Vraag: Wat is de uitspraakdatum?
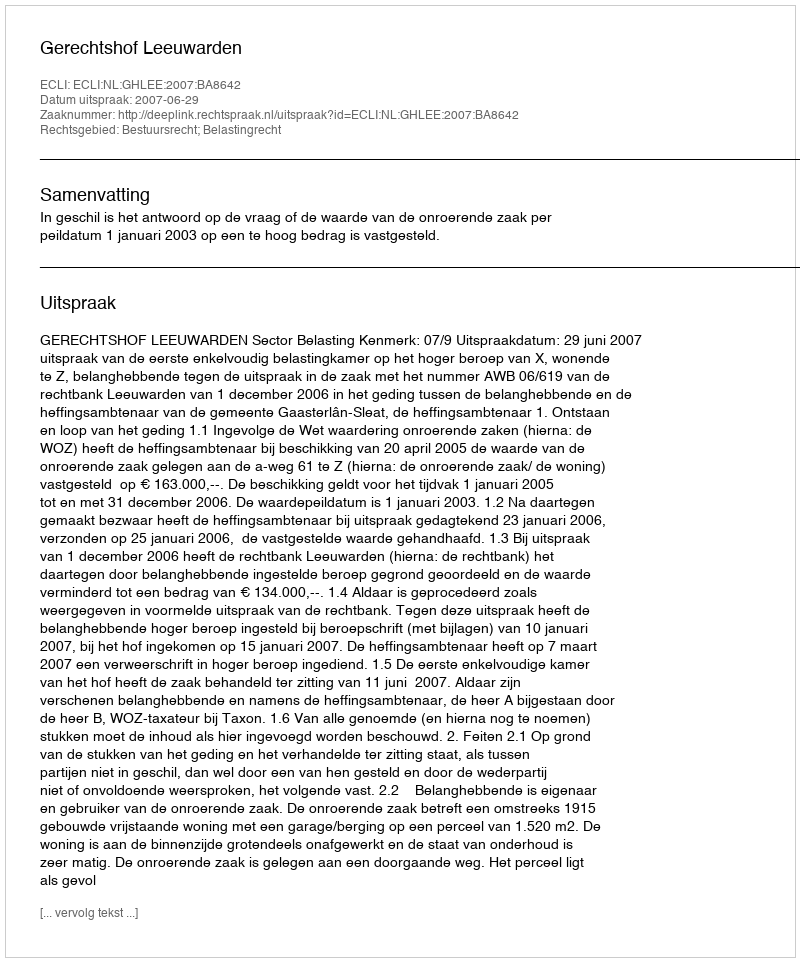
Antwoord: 2007-06-29